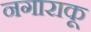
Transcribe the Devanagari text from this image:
नगाराकू